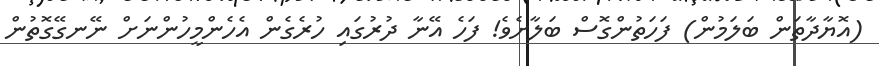
(އޮޔާދާތަން ބަލަމުން) ފަހަތުންގޮސް ބަލާށެވެ! ފަހެ އޭނާ ދުރުގައި ހުރެގެން އެހެންމީހުންނަށް ނޭނގޭގޮތުން